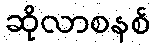
ဆိုလာစနစ်